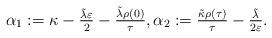
LaTeX: \begin{align*} \alpha_{1} := \kappa - \tfrac{\tilde{\lambda} \varepsilon}{2} - \tfrac{\tilde{\lambda} \rho(0)}{\tau}, \alpha_{2} := \tfrac{\tilde{\kappa} \rho(\tau)}{\tau} - \tfrac{\tilde{\lambda}}{2 \varepsilon}. \end{align*}